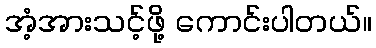
အံ့အားသင့်ဖို့ ကောင်းပါတယ်။